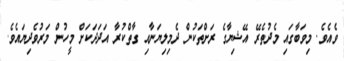
ވެއެވެ. މިވަބާގައި މެދުތެރޭ އޭޝިޔާގެ ރަށްތަކުން ދެމިލިޔަނާއި ގާތްކުރާ އަދަދަކަށް މީހުން މަރުވެދިޔައެވެ.